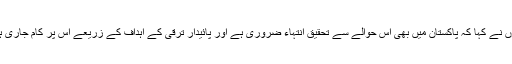
انہوں نے کہا کہ پاکستان میں بھی اس حوالے سے تحقیق انتہاء ضروری ہے اور پائیدار ترقی کے اہداف کے زریعے اس پر کام جاری ہے۔